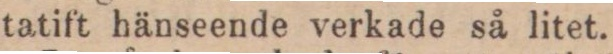
tatift hänseende verkade så litet.